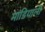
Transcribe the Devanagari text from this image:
मांडियाली